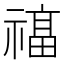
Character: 𮂔